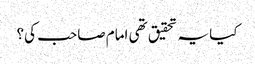
کیا یہ تحقیق تھی امام صاحب کی؟